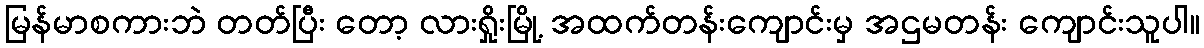
မြန်မာစကားဘဲ တတ်ပြီး တော့ လားရှိုးမြို့ အထက်တန်းကျောင်းမှ အဌမတန်း ကျောင်းသူပါ။